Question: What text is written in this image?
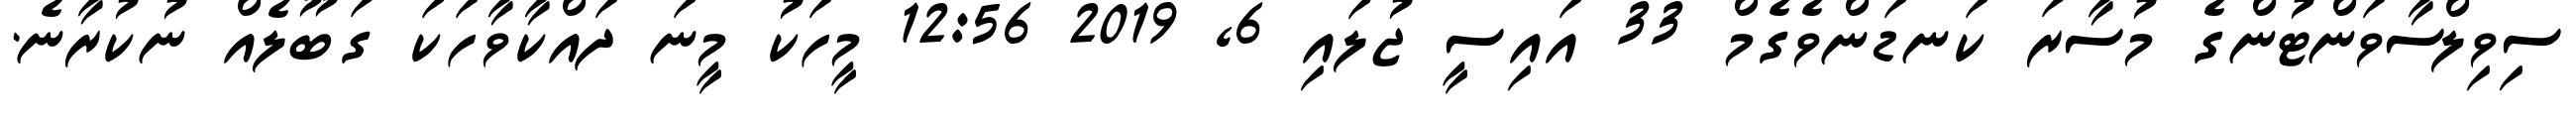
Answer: ސިވިލްސާވަންޓުންގެ މުސާރަ ކަނޑަންވެގެމް 33 އައިސީ ޖުލައި 6, 2019 12:56 މީހަކު މީނަ ދައްކާވާހަކަ ގަބޫލެއް ނުކުރާނެ.